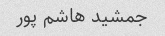
جمشید هاشم پور